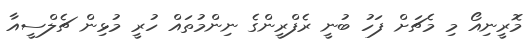
މޮރީނިއޯ މި މެޗަށް ފަހު ބުނީ ރެފްރީންގެ ނިންމުތައް ހުރީ މުޅިން ޗެލްސީއާ